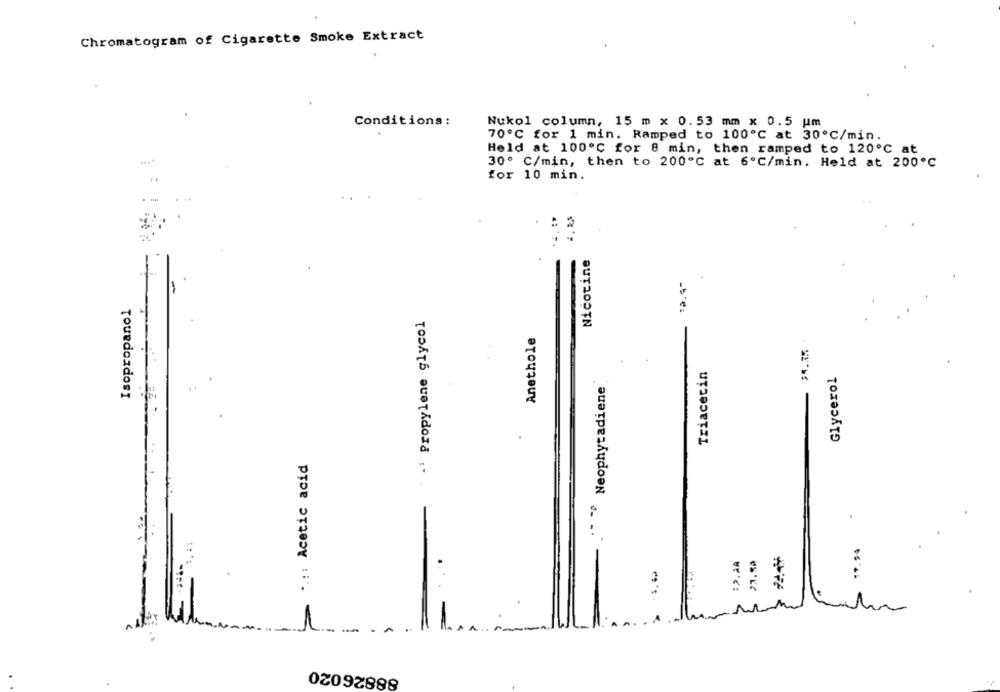
Chromatogram of Cigarette Smoke Extract
Conditions:
Nukol column, 15 m x 0.53 mm x 0.5 um
70º℃ for 1 min. Ramped to 100℃ at 30℃/min.
Held at 100º℃ for 8 min, then ramped to 120℃ at
30º C/min, then to 200℃ at 6ºC/min. Held at 200℃
for 10 min.
Nicotine
:9.4-
Isopropanol
- Propylene glycol
Anethole
$4.75
Triacecin
Glycerol
" Neophytadiene
..:: Acetic acid
-
23.50
3
EX
---
02092898